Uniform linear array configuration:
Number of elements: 24
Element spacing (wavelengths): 0.25
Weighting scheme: cosine
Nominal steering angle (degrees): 60
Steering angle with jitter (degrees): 60.904
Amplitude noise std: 0.05
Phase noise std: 0.05

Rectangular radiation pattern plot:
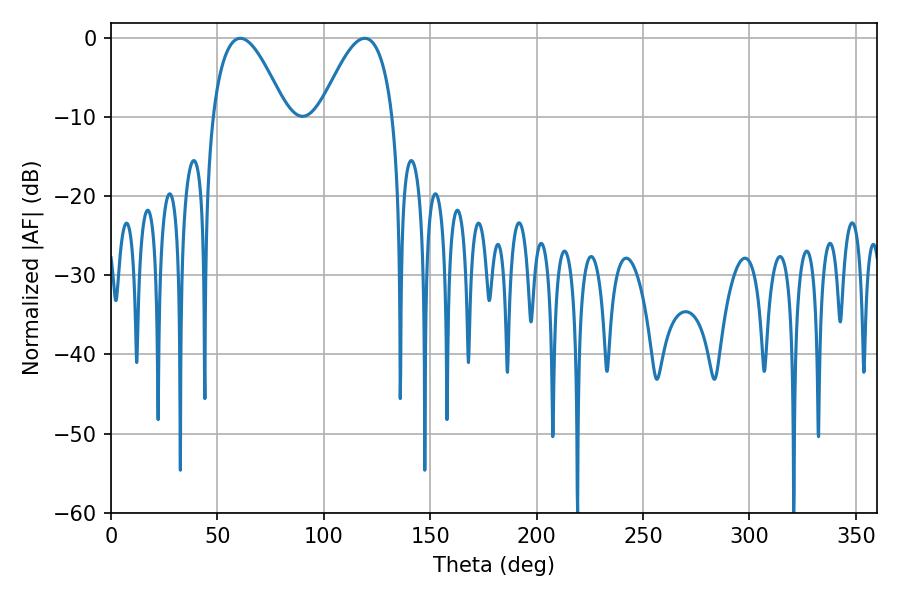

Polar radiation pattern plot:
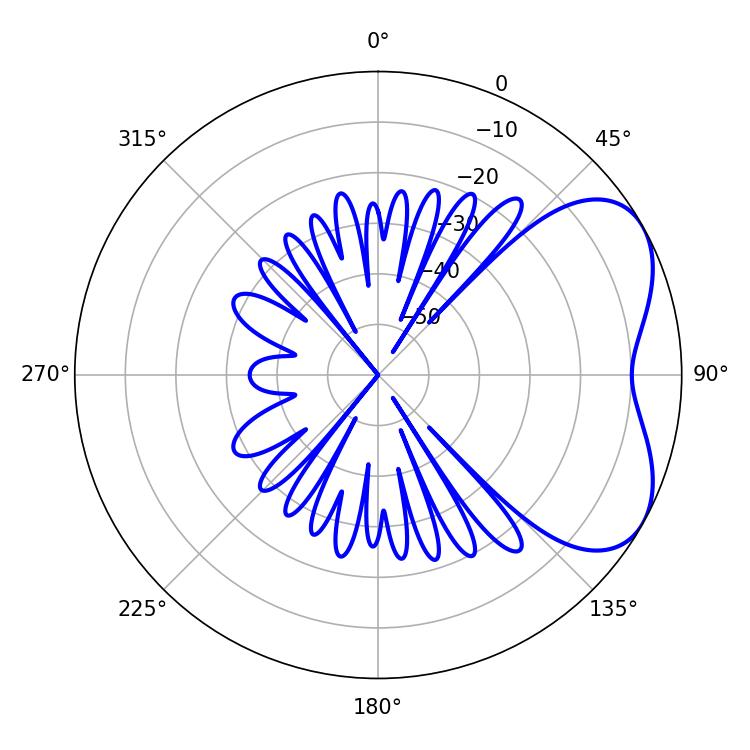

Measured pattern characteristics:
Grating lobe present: FALSE
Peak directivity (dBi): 4.898
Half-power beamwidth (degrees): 18.9
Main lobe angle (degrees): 119.16